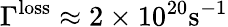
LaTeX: \Gamma^{\mathrm{loss}}\approx 2\times 10^{20}\mathrm{s}^{-1}